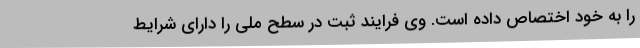
را به خود اختصاص داده است. وی فرایند ثبت در سطح ملی را دارای شرایط